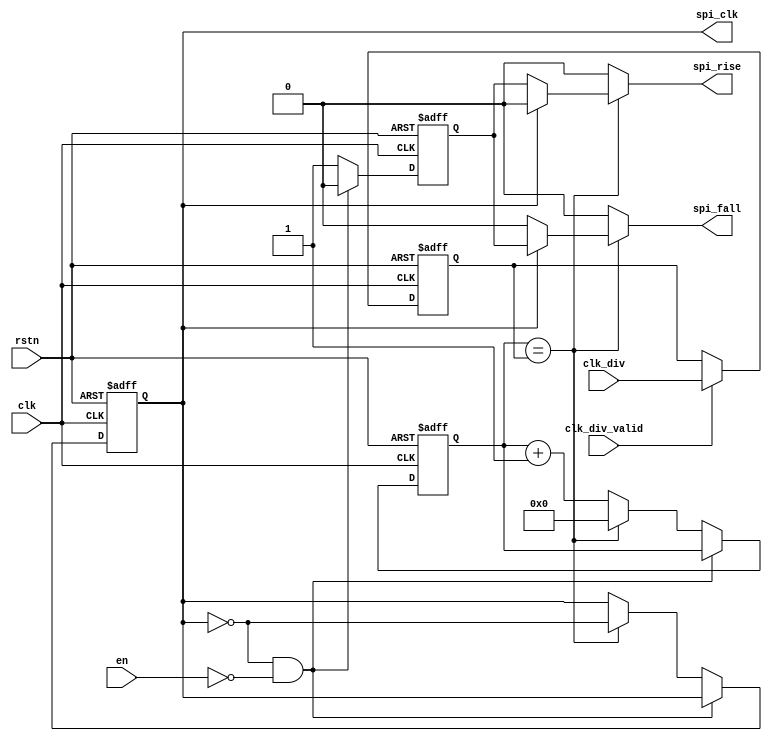
// This program was cloned from: https://github.com/huangxc6/Software_Hardware_Co-Design_24Spring
// License: MIT License

// Copyright 2017 ETH Zurich and University of Bologna.
// -- Adaptable modifications made for hbirdv2 SoC. -- 
// Copyright 2020 Nuclei System Technology, Inc.
// Copyright and related rights are licensed under the Solderpad Hardware
// License, Version 0.51 (the License); you may not use this file except in
// compliance with the License.  You may obtain a copy of the License at
// http://solderpad.org/licenses/SHL-0.51. Unless required by applicable law
// or agreed to in writing, software, hardware and materials distributed under
// this License is distributed on an AS IS BASIS, WITHOUT WARRANTIES OR
// CONDITIONS OF ANY KIND, either express or implied. See the License for the
// specific language governing permissions and limitations under the License.

module spi_master_clkgen (
    input  wire         clk,
    input  wire         rstn,
    input  wire         en,
    input  wire [7:0]   clk_div,
    input  wire         clk_div_valid,
    output reg          spi_clk,
    output reg          spi_fall,
    output reg          spi_rise
);

    reg [7:0] counter_trgt;
    reg [7:0] counter_trgt_next;
    reg [7:0] counter;
    reg [7:0] counter_next;

    reg       spi_clk_next;
    reg       running;

    always @(*) begin
        spi_rise = 1'b0;
        spi_fall = 1'b0;

        if (clk_div_valid)
            counter_trgt_next = clk_div;
        else
            counter_trgt_next = counter_trgt;

        if (counter == counter_trgt) begin
            counter_next = 0;
            spi_clk_next = ~spi_clk;

            if (spi_clk == 1'b0)
                spi_rise = running;
            else
                spi_fall = running;

	end else begin
            counter_next = counter + 1;
            spi_clk_next = spi_clk;
        end
    end

    always @(posedge clk or negedge rstn) begin
        if (rstn == 1'b0) begin
            counter_trgt <= 'h0;
            counter      <= 'h0;
            spi_clk      <= 1'b0;
            running      <= 1'b0;
	end else begin
            counter_trgt <= counter_trgt_next;

            if (!((spi_clk == 1'b0) && ~en)) begin
                running <= 1'b1;
                spi_clk <= spi_clk_next;
                counter <= counter_next;
	    end else
                running <= 1'b0;
        end
    end


endmodule